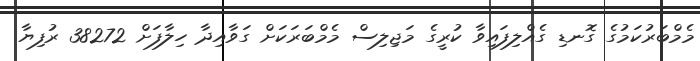
މެމްބަރުކަމުގެ ގޮނޑި ގެއްލިފައިވާ ކުރީގެ މަޖިލިސް މެމްބަރަކަށް ގަވާއިދާ ހިލާފަށް 38272 ރުފިޔާ